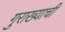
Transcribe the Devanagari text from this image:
गुराख्याची